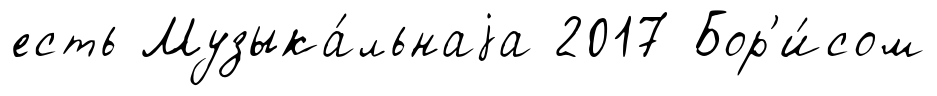
есть Музыка́льнаjа 2017 Бор'и́сом